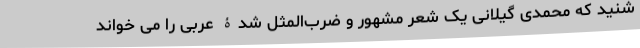
شنید که محمدی گیلانی یک شعر مشهور و ضرب‌المثل شدۀ عربی را می خواند